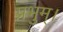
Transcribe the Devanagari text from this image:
प्रभुम्।